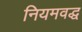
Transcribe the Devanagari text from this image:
नियमवद्ध